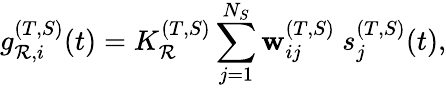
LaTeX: g_{\mathcal{R},i}^{(T,S)}(t)=K_{\mathcal{R}}^{(T,S)}\sum_{j=1}^{N_{S}}\mathbf{w}_{ij}^{(T,S)}~s_{j}^{(T,S)}(t),